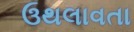
ઉથલાવતા